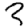
Digit: 3